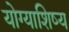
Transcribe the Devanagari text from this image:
योग्याशिष्य